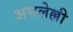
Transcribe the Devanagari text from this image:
असलेल्ली